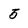
Character: 5